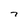
Character: 7